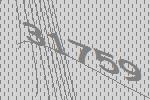
31759